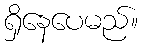
ရှိနေပေမည်။